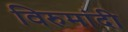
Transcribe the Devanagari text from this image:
विरुमांदी